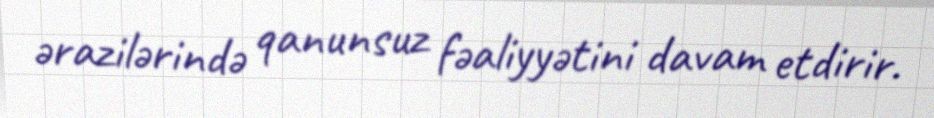
ərazilərində qanunsuz fəaliyyətini davam etdirir.